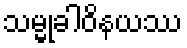
သမ္မုခါဝိနယဿ